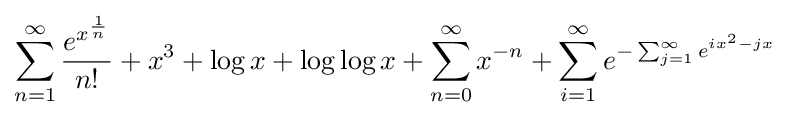
\sum _{n=1}^{\infty }{\frac {e^{x^{\frac {1}{n}}}}{n!}}+x^{3}+\log x+\log \log x+\sum _{n=0}^{\infty }x^{-n}+\sum _{i=1}^{\infty }e^{-\sum _{j=1}^{\infty }e^{ix^{2}-jx}}